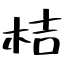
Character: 桔